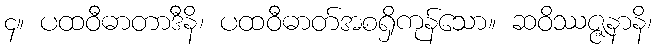
၄။ ပထဝီဓာတာဒီနိ၊ ပထဝီဓာတ်အစရှိကုန်သော။ ဆဝိဿဇ္ဇနာနိ၊